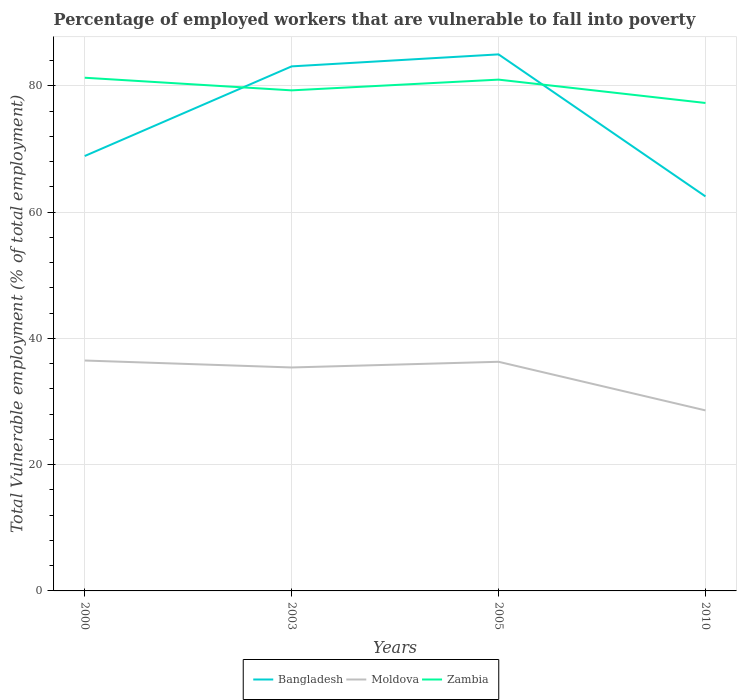
| Years | Bangladesh | Moldova | Zambia |
 | --- | --- | --- | --- |
 | 2000 | 68.9 | 36.5 | 81.3 |
 | 2003 | 83.1 | 35.4 | 79.3 |
 | 2005 | 85 | 36.3 | 81 |
 | 2010 | 62.5 | 28.6 | 77.3 |